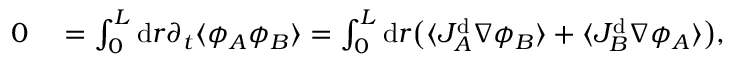
\begin{array} { r l } { 0 } & { { } = \int _ { 0 } ^ { L } \mathrm { d } r \partial _ { t } \langle { \phi _ { A } \phi _ { B } } \rangle = \int _ { 0 } ^ { L } \mathrm { d } r \big ( \langle J _ { A } ^ { \mathrm { d } } \nabla \phi _ { B } \rangle + \langle J _ { B } ^ { \mathrm { d } } \nabla \phi _ { A } \rangle \big ) , } \end{array}